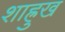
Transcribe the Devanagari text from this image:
शाह्रुख